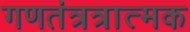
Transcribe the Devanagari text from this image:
गणतंत्रत्रात्मक